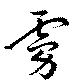
虜